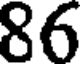
86